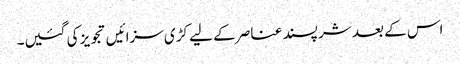
اس کے بعد شر پسند عناصر کے لیے کڑی سزائیں تجویز کی گئیں۔